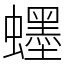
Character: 䘃